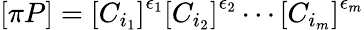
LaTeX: \left[\pi P\right]=\left[C_{i_{1}}\right]^{\epsilon_{1}}\left[C_{i_{2}}\right]^{\epsilon_{2}}\cdots\left[C_{i_{m}}\right]^{\epsilon_{m}}